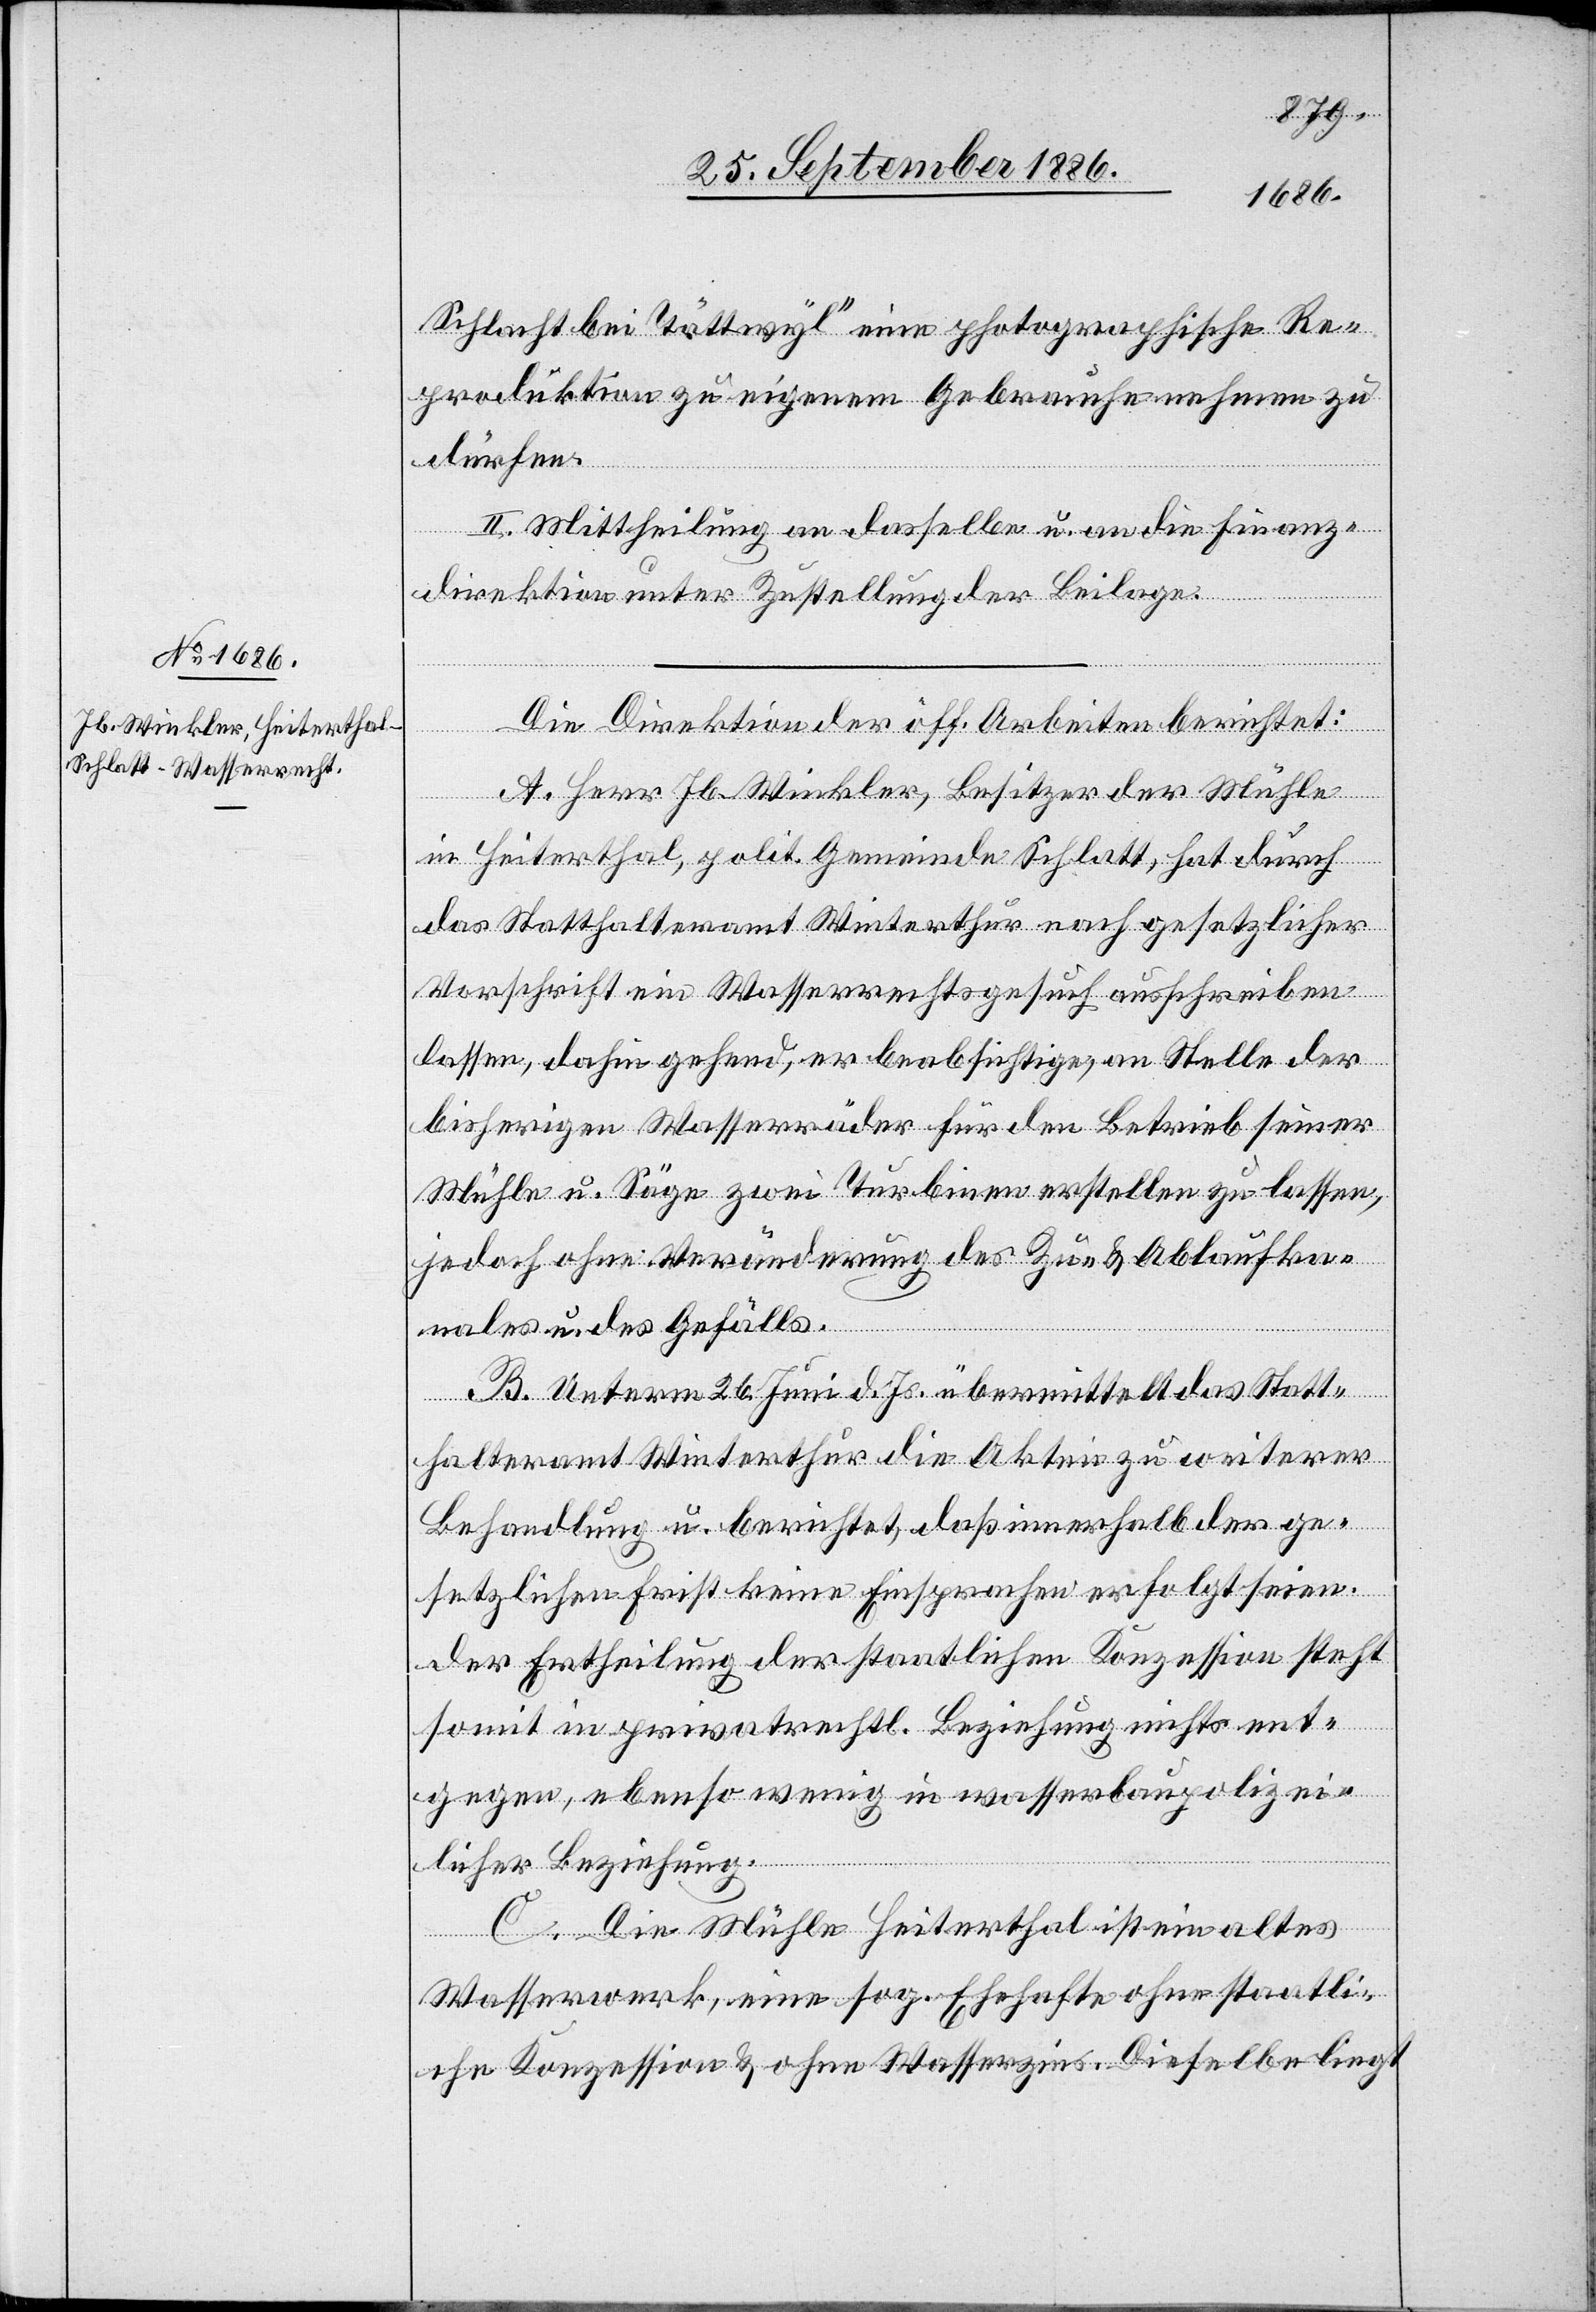
Schlacht bei Tättwyl“ eine photographische Re¬
produktion zu eigenem Gebrauche nehmen zu
dürfen.
II. Mittheilung an dasselbe u. an die Finanz¬
direktion zunter Zustellung der Beilage.
Die Direktion der öff. Arbeiten berichtet:
A. Herr Jb. Winkler, Besitzer der Mühle
in Heiterthal, polit. Gemeinde Schlatt hat durch
das Statthalteramt Winterthur nach gesetzlicher
Vorschrift ein Wasserrechtsgesuch ausschreiben
lassen, dahin gehend, er beabsichtige, an Stelle der
bisherigen Wasserräder für den Betrieb seiner
Mühle u. Säge zwei Turbinen erstellen zu lassen,
jedoch ohne Veränderung des Zu- & Ablaufka¬
nales u. des Gefälls.
B. Unterm 26. Juni d. Js. übermittelt das Statt¬
halteramt Winterthur die Akten zu weiterer
Behandlung u. berichtet, daß innerhalb der ge¬
setzlichen Frist keine Einsprachen erfolgt seien.
Der Ertheilung der staatlichen Konzession steht
somit in privatrechtl. Beziehung nichts ent¬
gegen, ebenso wenig in wasserbaupolizei¬
licher Beziehung.
C. Die Mühle Heiterthal ist ein altes
Wasserwerk, eine sog. Ehehafte ohne staatli¬
che Konzession & ohne Wasserzins. Dieselbe liegt